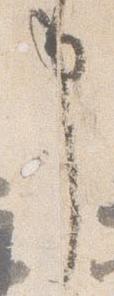
事